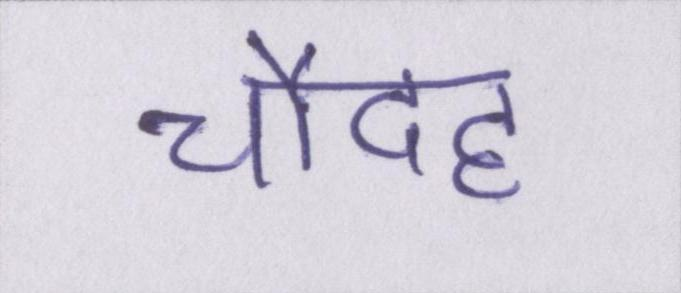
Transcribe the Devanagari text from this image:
चौदह